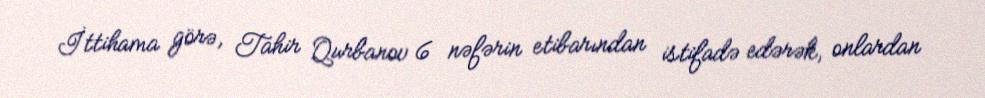
İttihama görə, Tahir Qurbanov 6 nəfərin etibarından istifadə edərək, onlardan